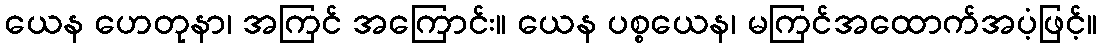
ယေန ဟေတုနာ၊ အကြင် အကြောင်း။ ယေန ပစ္စယေန၊ မကြင်အထောက်အပံ့ဖြင့်။